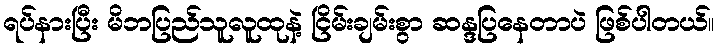
ရပ်နားပြီး မိဘပြည်သူလူထုနဲ့ ငြိမ်းချမ်းစွာ ဆန္ဒပြနေတာပဲ ဖြစ်ပါတယ်။